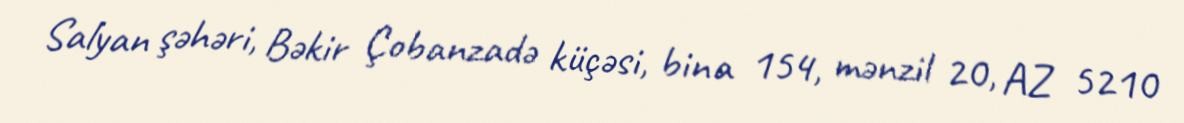
Salyan şəhəri, Bəkir Çobanzadə küçəsi, bina 154, mənzil 20, AZ 5210